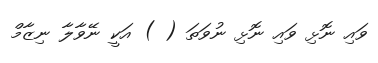
ވައި ނޮޅި ވައި ނޮޅި ނުވަތަ ( ) އަކީ ނޭވާލާ ނިޒާމް